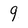
Character: 9